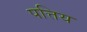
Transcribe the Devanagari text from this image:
पत्तिय